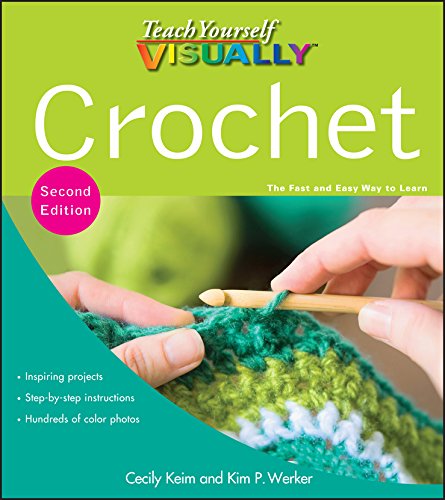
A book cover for Teach Yourself VISUALLY Crochet; Cecily Keim; Crafts, Hobbies & Home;